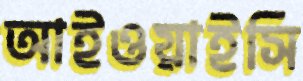
আইওয়াইসি